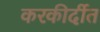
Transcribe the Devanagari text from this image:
करकीर्दीत